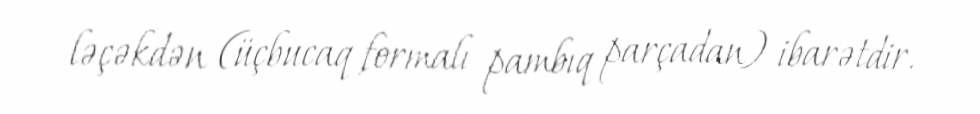
ləçəkdən (üçbucaq formalı pambıq parçadan) ibarətdir.